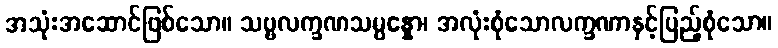
အသုံးအဆောင်ဖြစ်သော။ သဗ္ဗလက္ခဏသမ္ပန္နော၊ အလုံးစုံသောလက္ခဏာနှင့်ပြည့်စုံသော။